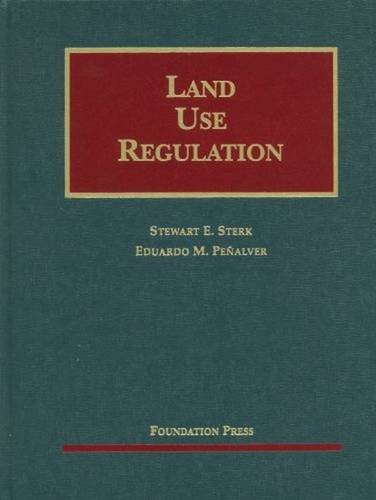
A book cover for Land Use Regulation (University Casebook Series); Stewart Sterk; Law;